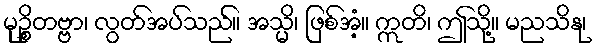
မုဉ္စိတဗ္ဗာ၊ လွတ်အပ်သည်။ အသ္မိ၊ ဖြစ်အံ့။ ဣတိ၊ ဤသို့။ မညသိနု၊